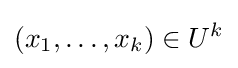
(x_{1},\dots ,x_{k})\in U^{k}